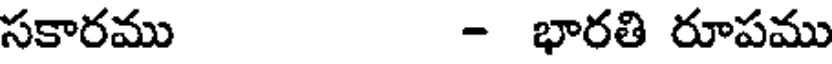
సకారము - భారతి రూపము